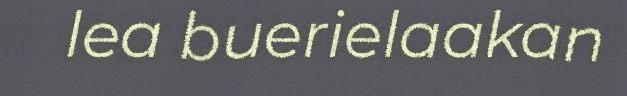
lea buerielaakan